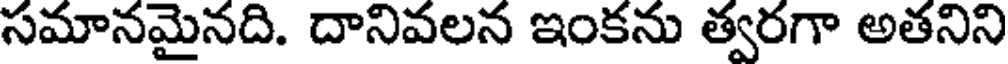
సమానమైనది. దానివలన ఇంకను త్వరగా అతనిని